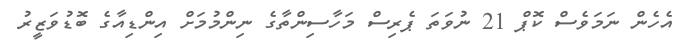
އެހެން ނަމަވެސް ކޮޕް 21 ނުވަތަ ޕެރިސް މަހާސިންތާގެ ނިންމުމަށް އިންޑިއާގެ ބޮޑުވަޒީރު